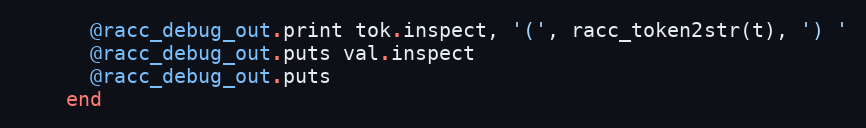
Language: Ruby
      @racc_debug_out.print tok.inspect, '(', racc_token2str(t), ') '
      @racc_debug_out.puts val.inspect
      @racc_debug_out.puts
    end